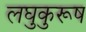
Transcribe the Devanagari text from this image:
लघुकुरूष